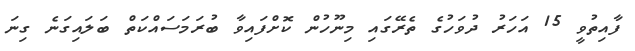
ފާއިތުވީ 15 އަހަރު ދުވަހުގެ ތެރޭގައި މިނޫހުން ކޮށްފައިވާ ބުރަމަސައްކަތް ބަލައިގަނެ ގިނަ